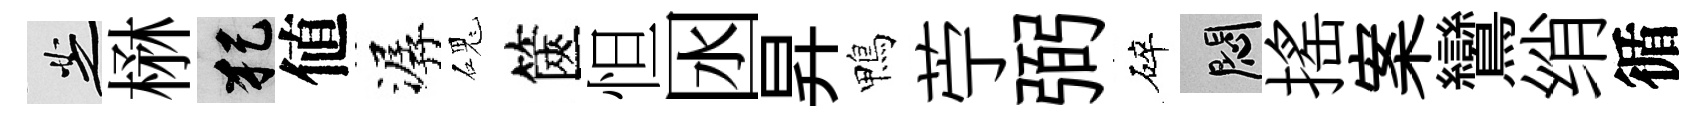
芝楙犯値潺磈篋怛囦昇鴨苧弼碎悶揺案鸞绡循